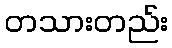
တသားတည်း